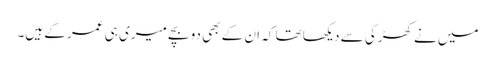
میں نے کھڑکی سے دیکھا تھا کہ ان کے بھی دو بچے میری ہی عمر کے ہیں۔